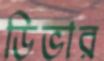
ডিভার